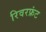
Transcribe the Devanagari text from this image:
रिवरफ्रंट